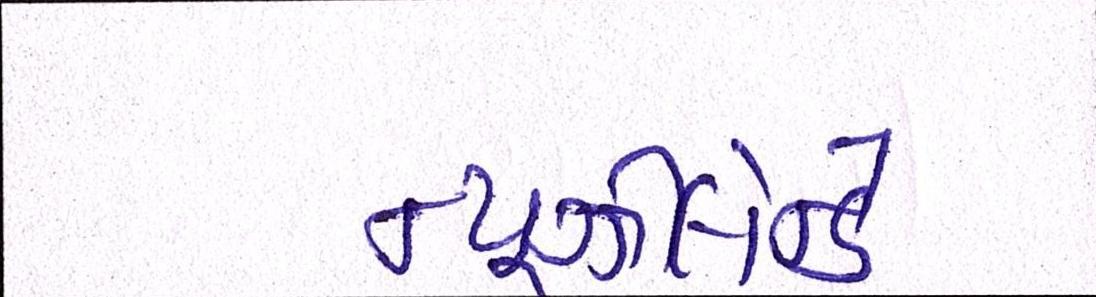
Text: ન્યૂઝીલેન્ડે